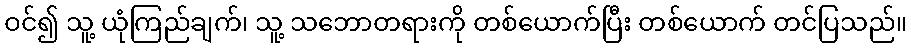
ဝင်၍ သူ့ ယုံကြည်ချက်၊ သူ့ သဘောတရားကို တစ်ယောက်ပြီး တစ်ယောက် တင်ပြသည်။